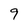
Character: 9